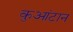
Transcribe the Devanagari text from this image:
कुआंटान